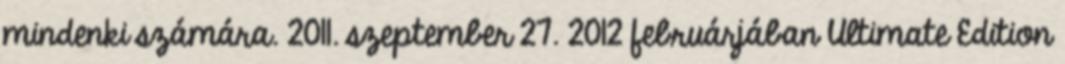
mindenki számára. 2011. szeptember 27. 2012 februárjában Ultimate Edition